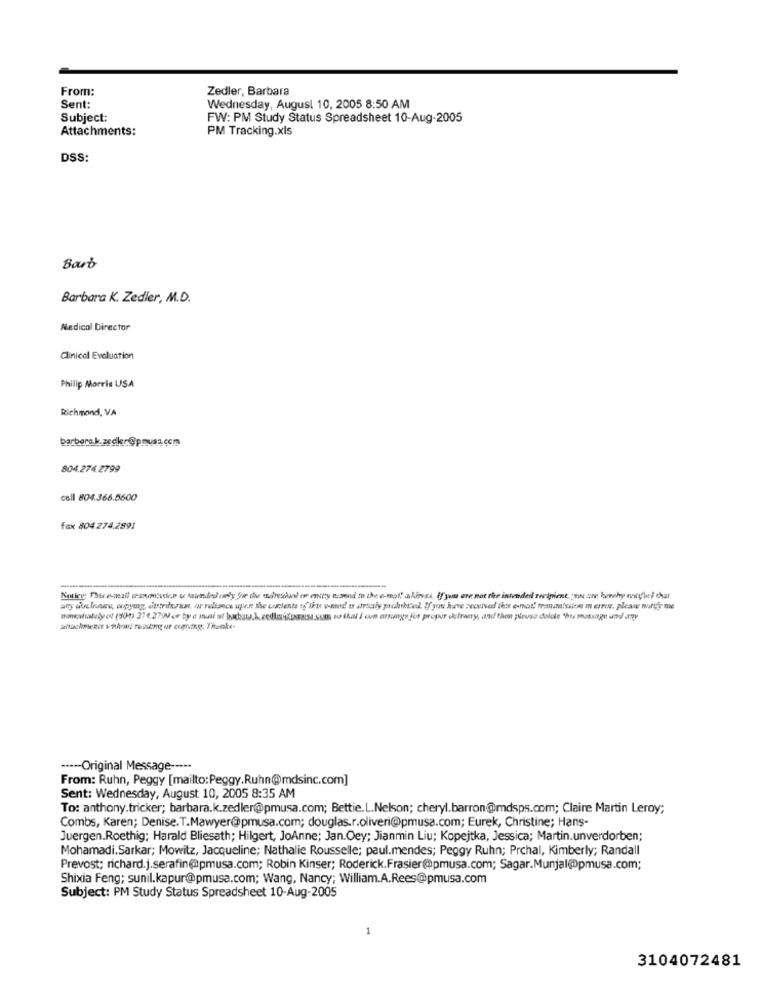
From:
Zedler, Barbara
Sent:
Wednesday, August 10, 2005 8:50 AM
Subject:
FW: PM Study Status Spreadsheet 10-Aug-2005
Attachments:
PM Tracking.xls
DSS:
Barb
Barbara K. Zedler, M.D.
Medical Director
Clinical Evaluation
Philip Morris USA
Richmond, VA
barbera.k.zedler@pnusa.com
804.274.2799
cell 804.366.5600
fax 804.274.2891
---
wwwwahelyes (90) 274.2790 or by e mual ot bakary.A redutoras som so itu I con arany for proper defray, and the pirose solde this message and ry
----- Original Message -----
From: Ruhn, Peggy [mailto:Peggy.Ruhn@mdsinc.com]
Sent: Wednesday, August 10, 2005 8:35 AM
To: anthony.tricker; barbara.k.zedler@pmusa.com; Bettie.L.Nelson; cheryl.barron@mdsps.com; Claire Martin Leroy;
Combs, Karen; Denise.T.Mawyer@@pmusa.com; douglas.r.oliveri@pmusa.com; Eurek, Christine; Hans-
Juergen.Roethig; Harald Bliesath; Hilgert, JoAnne; Jan.Oey; Jianmin Liu; Kopejtka, Jessica; Martin.unverdorben;
Mohamadi.Sarkar; Mowitz, Jacqueline; Nathalie Rousselle; paul.mendes; Peggy Ruhn; Prchal, Kimberly; Randall
Prevost; richard.j.serafin@@pmusa.com; Robin Kinser; Roderick.Frasier@pmusa.com; Sagar.Munjal@pmusa.com;
Shixia Feng; sunil.kapur@pmusa.com; Wang, Nancy; William.A.Rees@pmusa.com
Subject: PM Study Status Spreadsheet 10-Aug-2005
3104072481